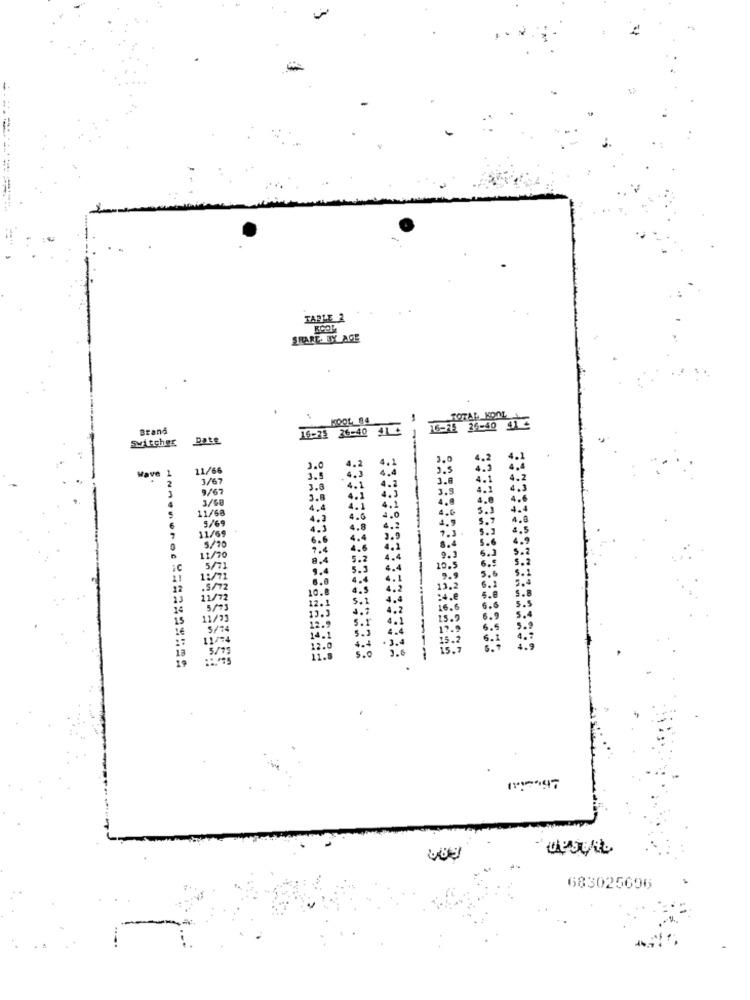
TABLE 2
SHARE. EX AGE
KOOL_84
TOTAL KOOL
Brand
16-23 26-40 1+
16-25 36-40 91
Switcher
Date
11/66
3.0
4.3
33
Wave
3/67
4.1
9/67
3.8
4.
3.9
3/60
4.9
11/68
4.4
4.1
4.0
4.1
4.6
5/69
4.2
4.0
4.9
4.3
4.8
4.2
7.3 .
11/69
6.6
4.4
3.9
8.4
=======
5/70
7.4
4.6
4.1
11/70
8.4
5.2
4.4
10.
11/72
12.
5/93
13.
11/99
1/74
3/73
683025696